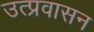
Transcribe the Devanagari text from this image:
उत्प्रवासन